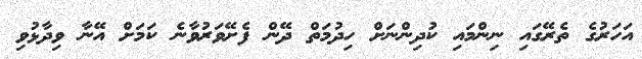
އަހަރުގެ ތެރޭގައި ނިންމައި ކުދިންނަށް ހިދުމަތް ދޭން ފެށޭވަރުވާނެ ކަމަށް އޭނާ ވިދާޅުވި